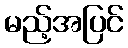
မည့်အပြင်